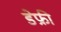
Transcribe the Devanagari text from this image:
डेफ्री